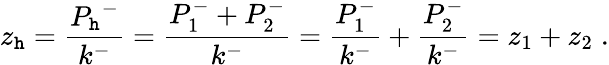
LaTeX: z_{\mathtt{h}}=\frac{{{P_{\mathtt{h}}}^{-}}}{{k^{-}}}=\frac{{P_{1}^{-}+P_{2}^{-}}}{{k^{-}}}=\frac{{P_{1}^{-}}}{{k^{-}}}+\frac{{P_{2}^{-}}}{{k^{-}}}=z_{1}+z_{2}\; .